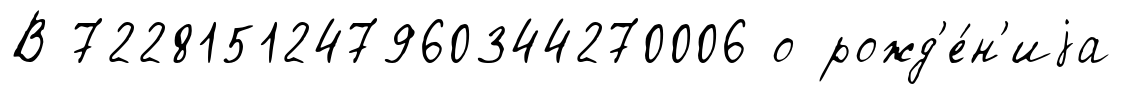
В 7228151247960344270006 о рожд'е́н'иjа